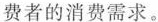
费者的消费需求。